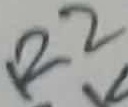
Text: R2